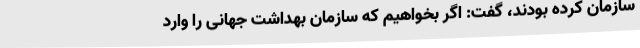
سازمان کرده بودند، گفت: اگر بخواهیم که سازمان بهداشت جهانی را وارد